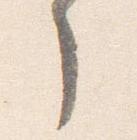
了